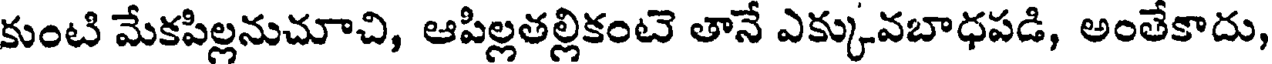
కుంటి మేకపిల్లనుచూచి, ఆపిల్లతల్లికంటె తానే ఎక్కువబాధపడి, అంతేకాదు,